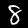
Digit: 8